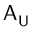
\mathsf { A } _ { \mathsf { U } }